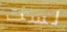
لست